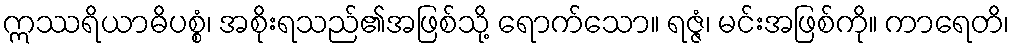
ဣဿရိယာဓိပစ္စံ၊ အစိုးရသည်၏အဖြစ်သို့ ရောက်သော။ ရဇ္ဇံ၊ မင်းအဖြစ်ကို။ ကာရေတိ၊